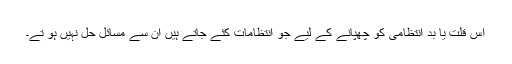
اس قلت یا بد انتظامی کو چھپانے کے لیے جو انتظامات کئے جاتے ہیں ان سے مسائل حل نہیں ہو تے۔